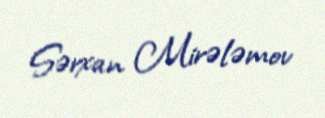
Sərxan Mirələmov